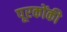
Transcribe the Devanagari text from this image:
पूरकोंकी